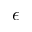
\epsilon